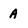
Character: a